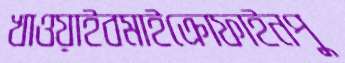
খাওয়াইবমাইক্রোফাইনপু